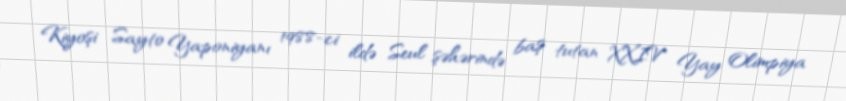
Kiyoşi Sayto Yaponiyanı 1988-ci ildə Seul şəhərində baş tutan XXIV Yay Olimpiya